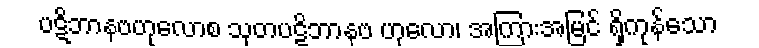
ပဋိဘာနဗဟုလောစ သုတပဋိဘာနဗ ဟုလော၊ အကြားအမြင် ရှိကုန်သော